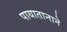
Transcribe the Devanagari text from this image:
पायातानाने